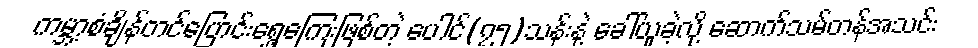
ကမ္ဘာ့စံချိန်တင်ပြောင်းရွှေ့ကြေးဖြစ်တဲ့ ပေါင်(၇၅)သန်းနဲ့ ခေါ်ယူခဲ့လို့ ဆောက်သမ်တန်အသင်း